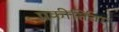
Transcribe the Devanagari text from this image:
प्रकीर्तिता